Annual statistical returns and brief notes on vaccination in Bengal - 1896-1909
Year: 1896
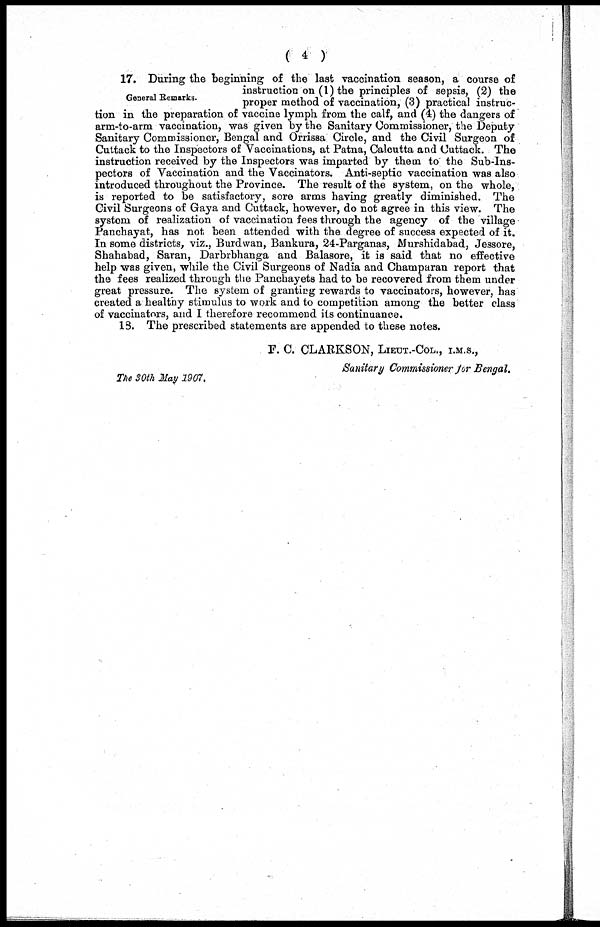
( 4 )
General Remarks.
17. During the beginning of the last vaccination season, a course of
instruction on (1) the principles of sepsis, (2) the
proper method of vaccination, (3) practical instruc-
tion in the preparation of vaccine lymph from the calf, and (4) the dangers of
arm-to-arm vaccination, was given by the Sanitary Commissioner, the Deputy
Sanitary Commissioner, Bengal and Orrissa Circle, and the Civil Surgeon of
Cuttack to the Inspectors of Vaccinations, at Patna, Calcutta and Cuttack. The
instruction received by the Inspectors was imparted by them to the Sub-Ins-
pectors of Vaccination and the Vaccinators. Anti-septic vaccination was also
introduced throughout the Province. The result of the system, on the whole,
is reported to be satisfactory, sore arms having greatly diminished. The
Civil Surgeons of Gaya and Cuttack, however, do not agree in this view. The
systom of realization of vaccination fees through the agency of the village
Panchayat, has not been attended with the degree of success expected of it.
In some districts, viz., Burdwan, Bankura, 24-Parganas, Murshidabad, Jessore,
Shahabad, Saran, Darbrbhanga and Balasore, it is said that no effective
help was given, while the Civil Surgeons of Nadia and Champaran report that
the fees realized through the Panchayets had to be recovered from them under
great pressure. The system of granting rewards to vaccinators, however, has
created a healthy stimulus to work and to competition among the better class
of vaccinators, and I therefore recommend its continuance.
18. The prescribed statements are appended to these notes.
F. C. CLARKSON, LIEUT.-COL., I.M.S.,
Sanitary Commissioner for Bengal.
The 30th May 1907.